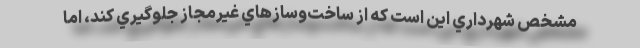
مشخص شهرداري اين است كه از ساخت‌و‌سازهاي غيرمجاز جلوگيري كند، اما